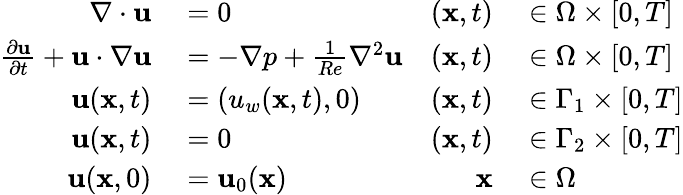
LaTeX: \begin{array}{rlrl}{\nabla\cdot{\mathbf{u}}}&{{}=0}&{(\mathbf{x},t)}&{{}\in\Omega\times[0,T]}\\ {\frac{\partial\mathbf{u}}{\partial t}+{\mathbf{u}}\cdot\nabla{\mathbf{u}}}&{{}=-\nabla p+\frac{1}{Re}{\nabla^{2}}{\mathbf{u}}}&{(\mathbf{x},t)}&{{}\in\Omega\times[0,T]}\\ {\mathbf{u}(\mathbf{x},t)}&{{}=(u_{w}(\mathbf{x},t),0)}&{(\mathbf{x},t)}&{{}\in\Gamma_{1}\times[0,T]}\\ {\mathbf{u}(\mathbf{x},t)}&{{}=0}&{(\mathbf{x},t)}&{{}\in\Gamma_{2}\times[0,T]}\\ {\mathbf{u}(\mathbf{x},0)}&{{}=\mathbf{u}_{0}(\mathbf{x})}&{\mathbf{x}}&{{}\in\Omega}\end{array}